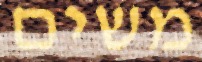
משים